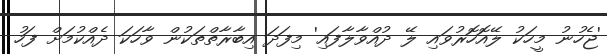
'ޖެހުނު މީހަކު ލޭއޮހޮރުވައި ލޭ ދުއްވާލާފައި' މިފަދަ އިބާރާތްތަކުން ވާހަކަ ދެއްކުމަށް ފަހު